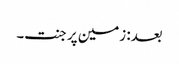
بعد: زمین پر جنت۔